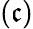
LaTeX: (\mathfrak{c})